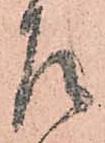
左